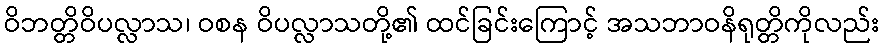
ဝိဘတ္တိဝိပလ္လာသ၊ ဝစန ဝိပလ္လာသတို့၏ ထင်ခြင်းကြောင့် အသဘာဝနိရုတ္တိကိုလည်း